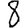
Digit: 8